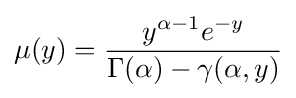
\mu (y)={\frac {y^{\alpha -1}e^{-y}}{\Gamma (\alpha )-\gamma (\alpha ,y)}}